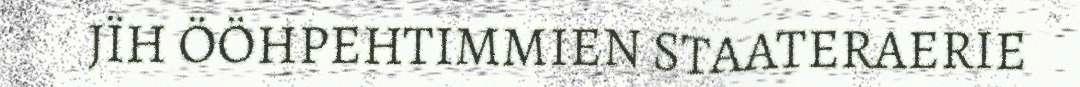
JÏH ÖÖHPEHTIMMIEN STAATERAERIE